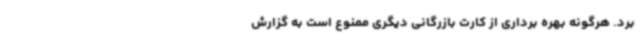
برد. هرگونه بهره برداری از کارت بازرگانی دیگری ممنوع است به گزارش